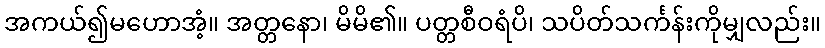
အကယ်၍မဟောအံ့။ အတ္တနော၊ မိမိ၏။ ပတ္တစီဝရံပိ၊ သပိတ်သင်္ကန်းကိုမျှလည်း။